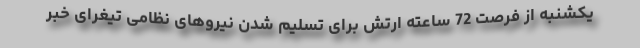
یکشنبه از فرصت 72 ساعته ارتش برای تسلیم شدن نیروهای نظامی تیغرای خبر